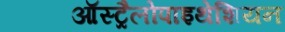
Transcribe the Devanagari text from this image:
ऑस्ट्रैलोपाइथेशियन